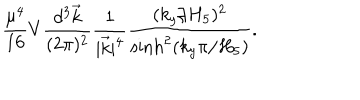
LaTeX: { \frac { \mu ^ { 4 } } { 1 6 } } V { \frac { d ^ { 3 } \vec { k } } { ( 2 \pi ) ^ { 2 } } } { \frac { 1 } { | \vec { k } | ^ { 4 } } } { \frac { ( k _ { y } / H _ { 5 } ) ^ { 2 } } { \mathrm { s i n h } ^ { 2 } ( k _ { y } \pi / H _ { 5 } ) } } .